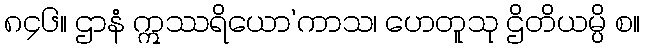
၈၄၆။ ဌာနံ ဣဿရိယော’ကာသ၊ ဟေတူသု ဌိတိယမ္ပိ စ။